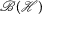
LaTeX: { \mathcal { B } } ( { \mathcal { H } } )